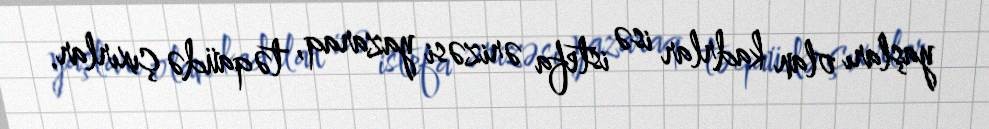
yaşları olan kadrlar isə istefa ərizəsi yazaraq, təqaüdə çıxırlar.